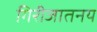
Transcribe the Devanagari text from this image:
गिरीजातनय